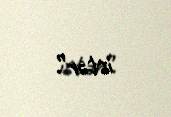
istər”.